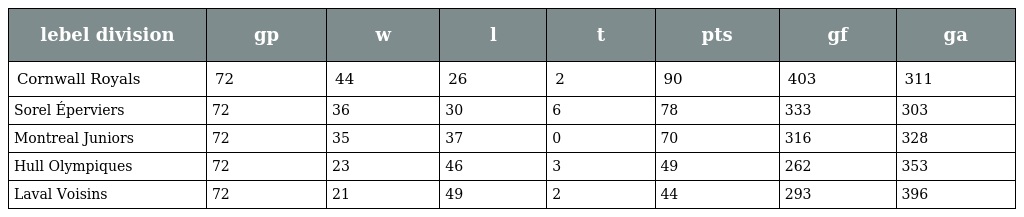
| lebel division | gp | w | l | t | pts | gf | ga |
 | --- | --- | --- | --- | --- | --- | --- | --- |
 | Cornwall Royals | 72 | 44 | 26 | 2 | 90 | 403 | 311 |
 | Sorel Éperviers | 72 | 36 | 30 | 6 | 78 | 333 | 303 |
 | Montreal Juniors | 72 | 35 | 37 | 0 | 70 | 316 | 328 |
 | Hull Olympiques | 72 | 23 | 46 | 3 | 49 | 262 | 353 |
 | Laval Voisins | 72 | 21 | 49 | 2 | 44 | 293 | 396 |